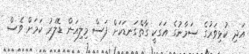
އަދި ކުޅިވަރުގެ ސަމާނުގެ އަގަކީ ގާތްގަނޑަކަށް ފަސް މިލިއަން ޑޮލަރު ކަމަށް ވެސް